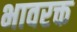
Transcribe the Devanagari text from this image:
भावरक्त